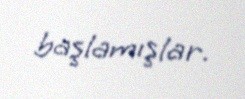
başlamışlar.